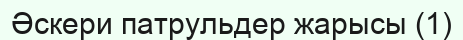
Әскери патрульдер жарысы (1)